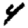
Digit: 4